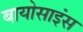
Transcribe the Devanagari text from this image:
बायोसाइंस